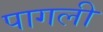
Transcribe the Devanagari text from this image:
पागली